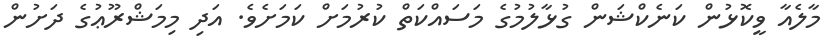
މާލެއާ ވީކޮޅުން ކަނެކްޝަން ގުޅާލުމުގެ މަސައްކަތް ކުރުމަށް ކަމަށެވެ. އަދި މިމަޝްރޫޢުގެ ދަށުން